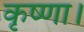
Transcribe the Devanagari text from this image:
कृष्णा।